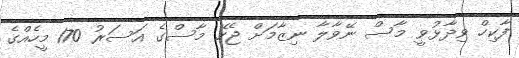
ފާކިހް ވިދާޅުވީ މާސް ނޭވާލާ ނިޒާމަށް ޖެހޭ މާސްގެ އަސަރު 170 މީހެއްގެ